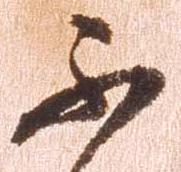
不